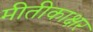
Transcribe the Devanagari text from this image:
मीतीकाक्षर